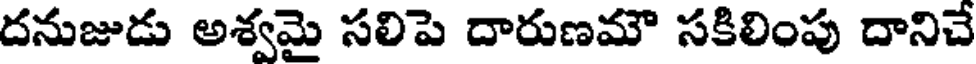
దనుజుడు అశ్వమై సలిపె దారుణమౌ సకిలింపు దానిచే